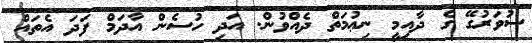
ސުވަރުގޭ ގެ ދާއިމީ ނިޢުމަތް ދެއްވުން. އަދި ހުސެން އާދަމް ފަދަ އެތައް